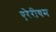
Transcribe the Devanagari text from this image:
एरेरीयम